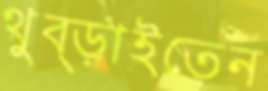
থুব্‌ড়াইতেন